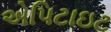
એપિટાઇટ